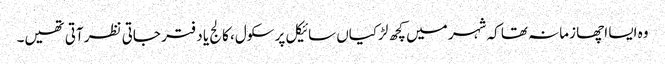
وہ ایسا اچھا زمانہ تھا کہ شہر میں کچھ لڑکیاں سائیکل پر سکول، کالج یا دفتر جاتی نظر آتی تھیں۔